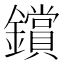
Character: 鑜